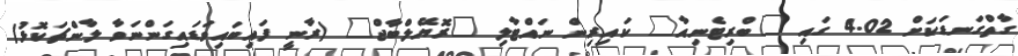
ގާތްގަނޑަކަށް 4.02 ގައި "ބްރިޓެނިއާ" ކައިރިން ނައްޓާލި "ރޮޔޭލްބާޖް" (ރާނީ ފައިބައިވަޑައިގަންނަވާ ލާންޗަކޮޅު)